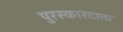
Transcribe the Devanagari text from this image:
पुरस्कारदाता